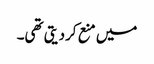
میں منع کردیتی تھی۔